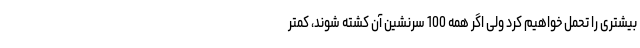
بیشتری را تحمل خواهیم کرد ولی اگر همه 100 سرنشین آن کشته شوند، کمتر